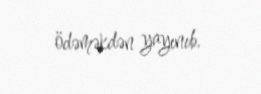
ödəməkdən yayınıb.